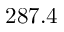
2 8 7 . 4